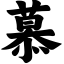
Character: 慕